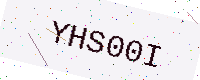
Text: YHS00I